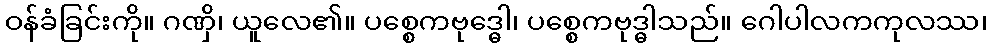
ဝန်ခံခြင်းကို။ ဂဏှိ၊ ယူလေ၏။ ပစ္စေကဗုဒ္ဓေါ၊ ပစ္စေကဗုဒ္ဓါသည်။ ဂေါပါလကကုလဿ၊